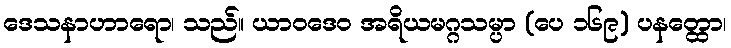
ဒေသနာဟာရော၊ သည်။ ယာဝဒေဝ အရိယမဂ္ဂသမ္ပာ (ပေ ၁၆၉) ပနတ္ထော၊